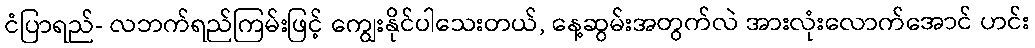
ငံပြာရည်- လဘက်ရည်ကြမ်းဖြင့် ကျွေးနိုင်ပါသေးတယ်, နေ့ဆွမ်းအတွက်လဲ အားလုံးလောက်အောင် ဟင်း